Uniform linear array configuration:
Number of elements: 24
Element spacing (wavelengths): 1
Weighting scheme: blackman
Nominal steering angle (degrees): -45
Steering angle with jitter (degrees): -46.506
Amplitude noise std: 0.05
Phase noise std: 0.05

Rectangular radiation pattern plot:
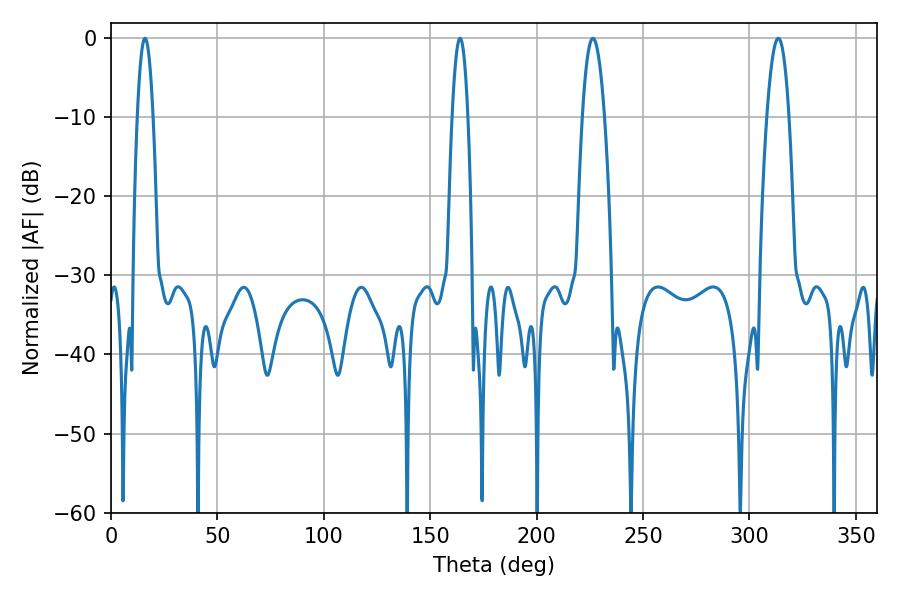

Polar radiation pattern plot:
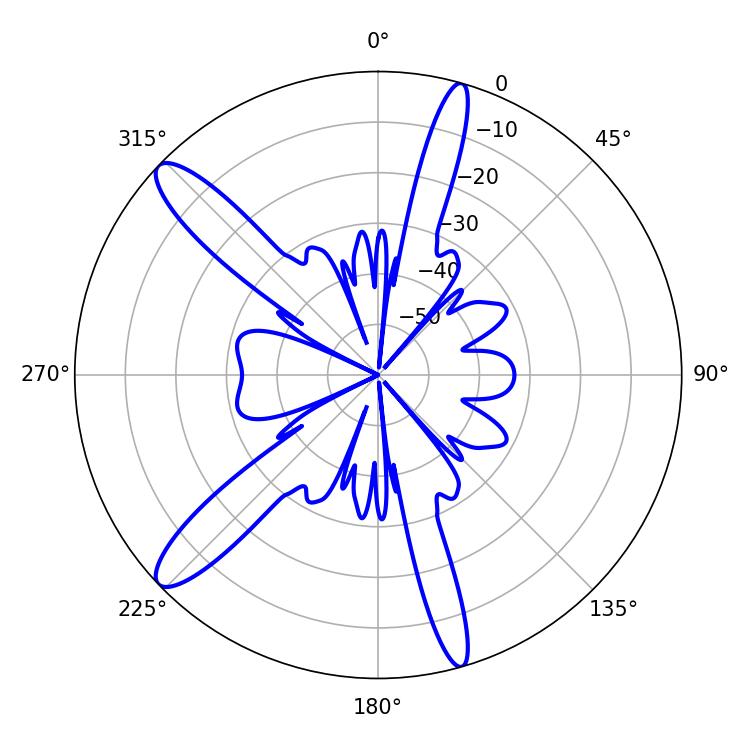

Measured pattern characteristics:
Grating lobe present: TRUE
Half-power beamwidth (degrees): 5.58
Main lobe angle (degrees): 226.44